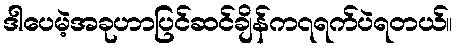
ဒါပေမဲ့အခုဟာပြင်ဆင်ချိန်က၇ရက်ပဲရတယ်။